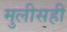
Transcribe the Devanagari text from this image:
मुलीसही